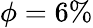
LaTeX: \phi=6\%